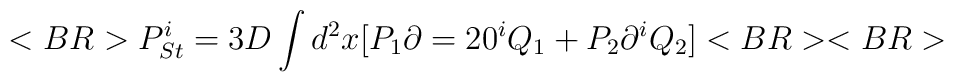
<BR>P^i_{St}=3D\int d^2x[P_1\partial=20^iQ_1+P_2\partial ^iQ_2]<BR><BR>